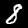
Label: 8